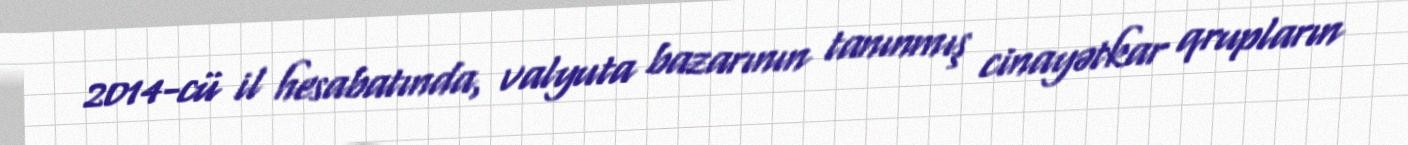
2014-cü il hesabatında, valyuta bazarının tanınmış cinayətkar qrupların